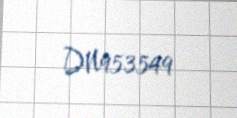
DN953549